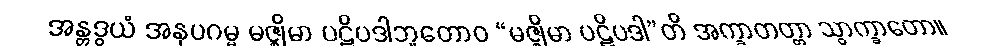
အန္တဒွယံ အနုပဂမ္မ မဇ္ဈိမာ ပဋိပဒါဘူတောဝ “မဇ္ဈိမာ ပဋိပဒါ”တိ အက္ခာတတ္တာ သွာက္ခာတော။